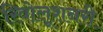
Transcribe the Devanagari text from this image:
रिवोलूशनरी